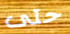
حتى